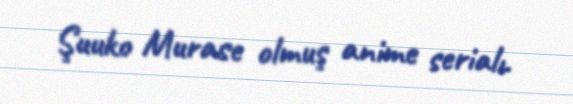
Şuuko Murase olmuş anime serialı.